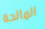
المالحة